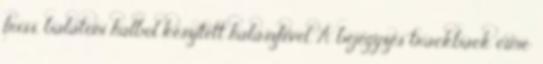
friss, balatoni halból készített halászlével. A bejegyzés trackback címe: